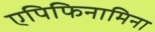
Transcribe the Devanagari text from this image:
एपिफिनामिना